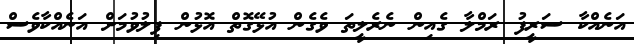
އަނެއްކާ ސަރީފު ރަމްލާ ގެއިން ނެރެލީތަ ވެގެން އުޅޭގޮތް އޮޅުން ފިލުވުމަށް އަނެއްކާވެސް